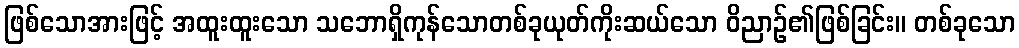
ဖြစ်သောအားဖြင့် အထူးထူးသော သဘောရှိကုန်သောတစ်ခုယုတ်ကိုးဆယ်သော ဝိညာဉ်၏ဖြစ်ခြင်း။ တစ်ခုသော